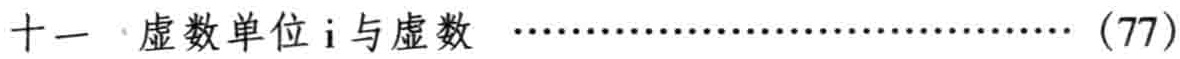
十一 虚数单位\(i\)与虚数 \(\cdots\cdots\cdots\cdots\cdots\cdots\cdots\cdots\cdots\cdots(77)\)